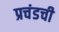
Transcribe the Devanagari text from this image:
प्रचंडची